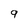
Character: 9